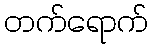
တက်ရောက်